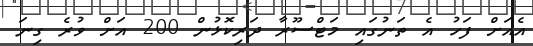
އެއަށް ފަހު އެ ތަނުގައި މަޓްސޫރާ ދަރިކޮޅުން 200 އަށް ވުރެ ގިނަ